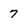
Character: 7